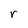
Character: r